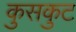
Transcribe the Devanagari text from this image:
कुसकुट